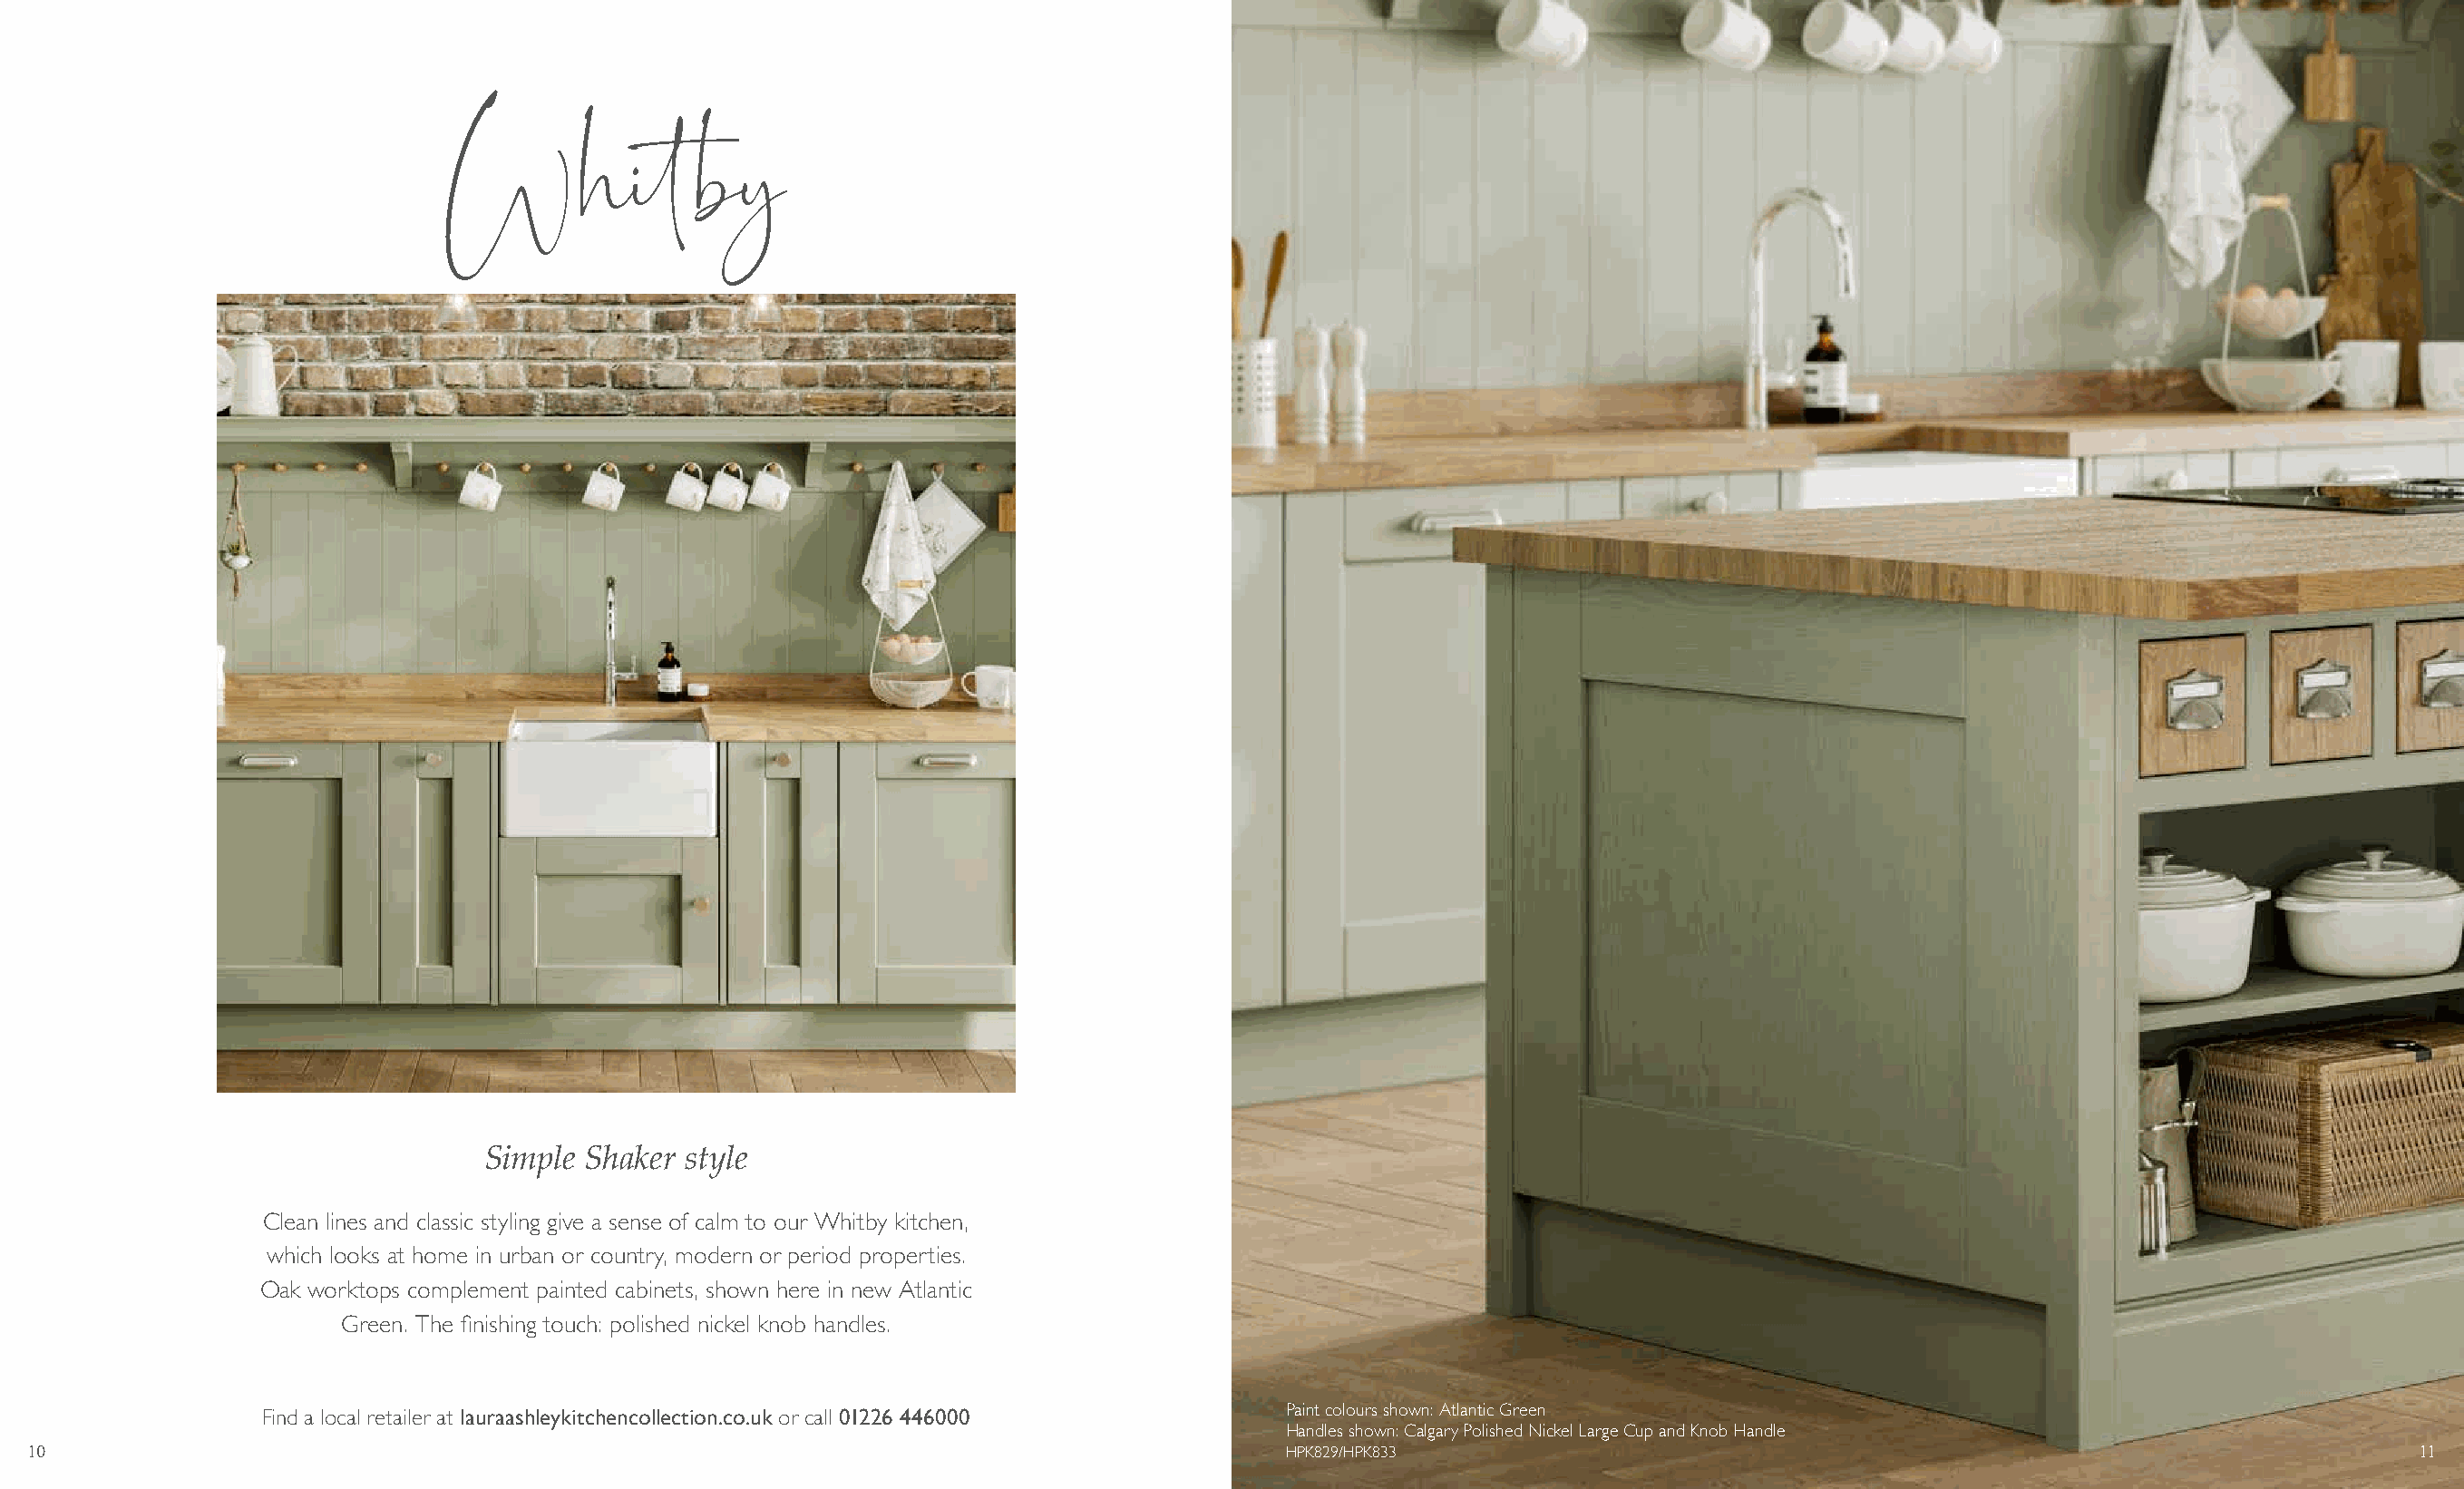
Whitby
 Simple  Shaker style
 Clean lines and classic styling give a sense of calm to our Whitby kitchen,
 which looks at home in urban or country, modern or period properties.
 Oak worktops complement painted cabinets, shown here in new Atlantic
 Green. The finishing touch: polished nickel knob handles.
 Find a local retailer at lauraashleykitchencollection.co.uk or call 01226 446000 Paint colours shown: Atlantic Green
 Handles shown: Calgary Polished Nickel Large Cup and Knob Handle
 10                                                                                          HPK829/HPK833                                                                      11